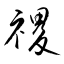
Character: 禝